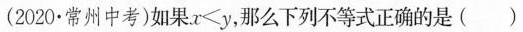
(2020·常州中考)如果$$x \le y$$，那么下列不等式正确的是( )